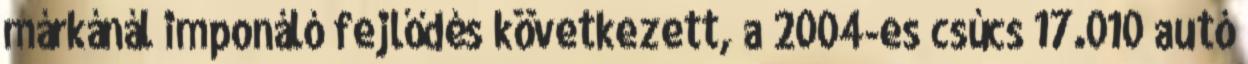
márkánál imponáló fejlődés következett, a 2004-es csúcs 17.010 autó